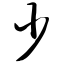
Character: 少